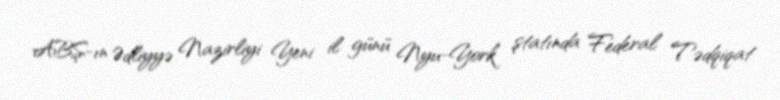
ABŞ-ın Ədliyyə Nazirliyi Yeni il günü Nyu-York ştatında Federal Tədqiqat